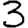
Digit: 3